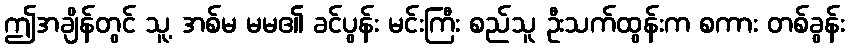
ဤအချိန်တွင် သူ့ အစ်မ မမ၏ ခင်ပွန်း မင်းကြီး စည်သူ ဦးသက်ထွန်းက စကား တစ်ခွန်း